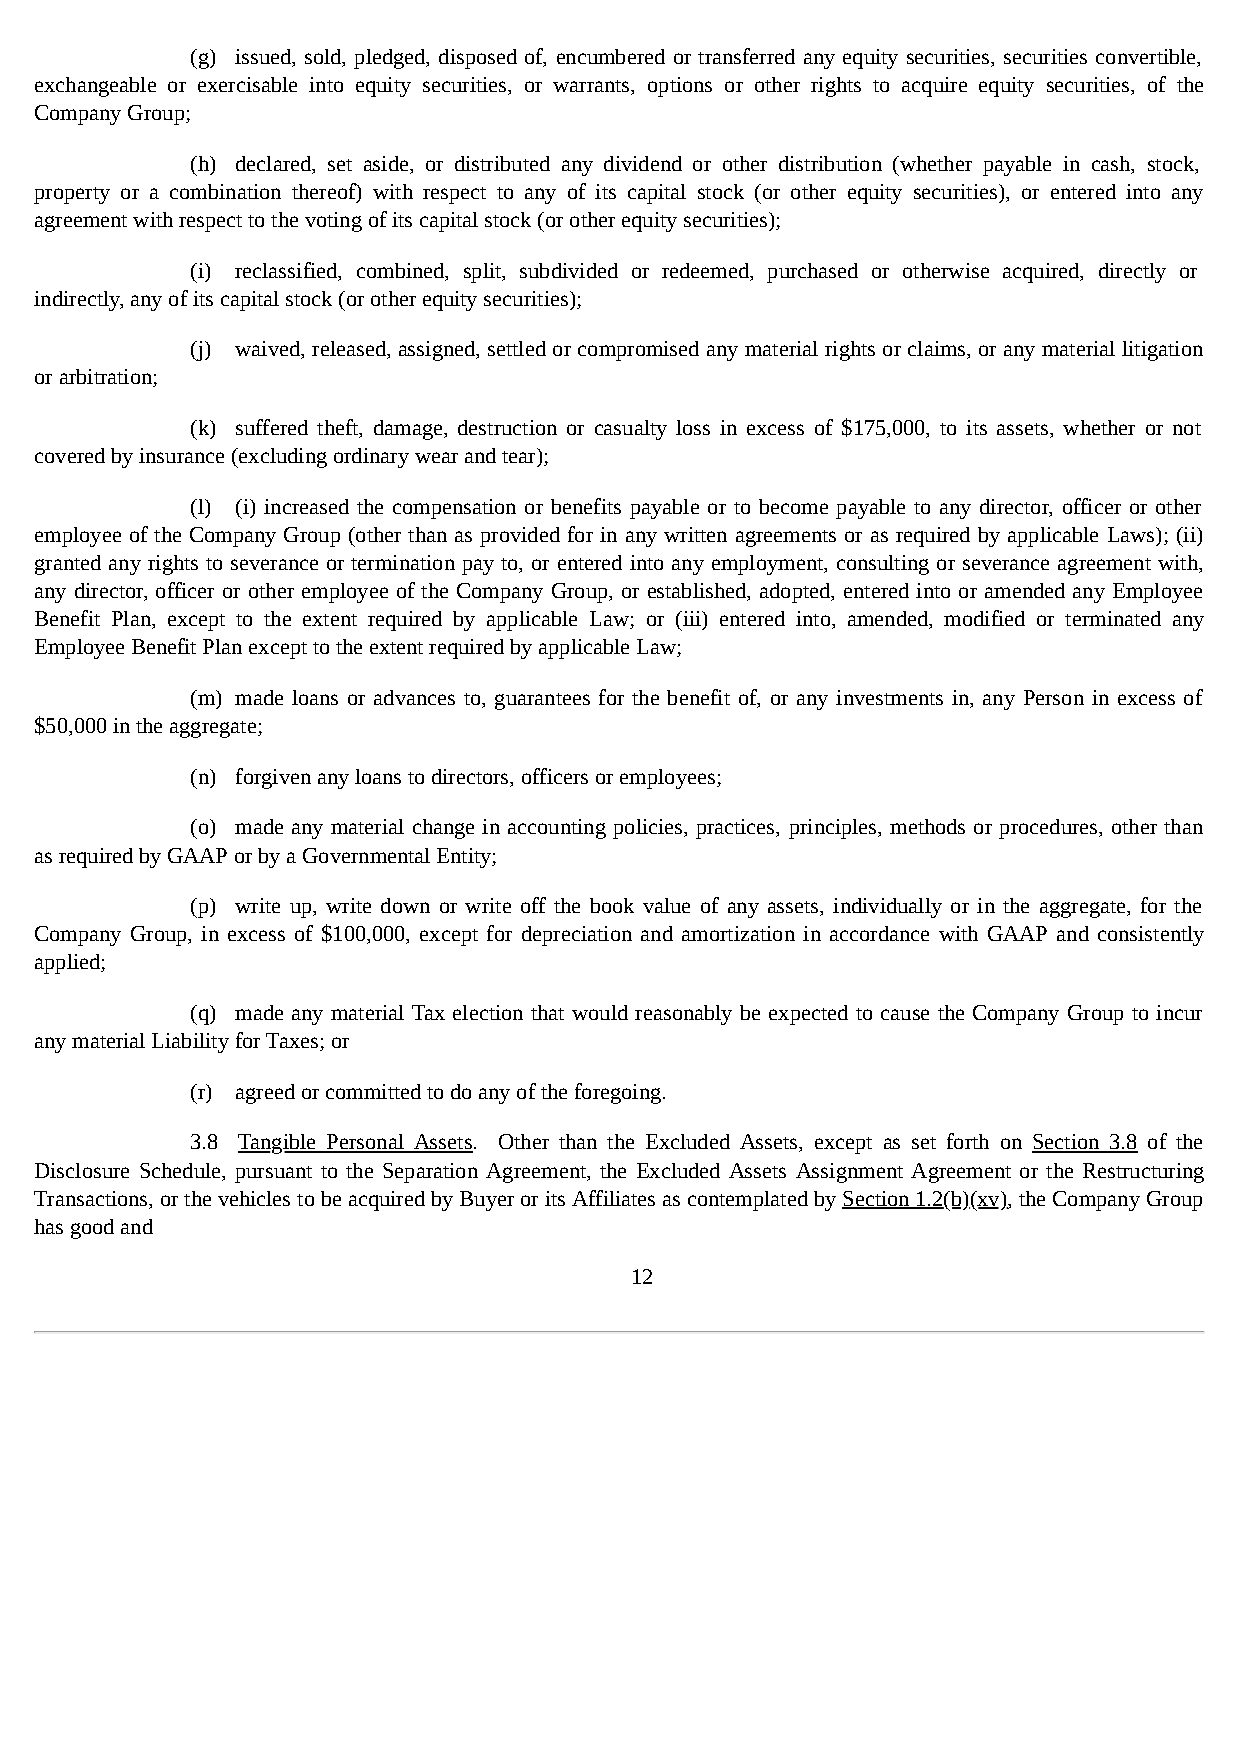
(g) issued, sold, pledged, disposed of, encumbered or transferred any equity securities, securities convertible,
 exchangeable or exercisable into equity securities, or warrants, options or other rights to acquire equity securities, of the
 Company Group;
 (h) declared, set aside, or distributed any dividend or other distribution (whether payable in cash, stock,
 property or a combination thereof) with respect to any of its capital stock (or other equity securities), or entered into any
 agreement with respect to the voting of its capital stock (or other equity securities);
 (i) reclassified, combined, split, subdivided or redeemed, purchased or otherwise acquired, directly or
 indirectly, any of its capital stock (or other equity securities);
 (j) waived, released, assigned, settled or compromised any material rights or claims, or any material litigation
 or arbitration;
 (k) suffered theft, damage, destruction or casualty loss in excess of $175,000, to its assets, whether or not
 covered by insurance (excluding ordinary wear and tear);
 (l) (i) increased the compensation or benefits payable or to become payable to any director, officer or other
 employee of the Company Group (other than as provided for in any written agreements or as required by applicable Laws); (ii)
 granted any rights to severance or termination pay to, or entered into any employment, consulting or severance agreement with,
 any director, officer or other employee of the Company Group, or established, adopted, entered into or amended any Employee
 Benefit Plan, except to the extent required by applicable Law; or (iii) entered into, amended, modified or terminated any
 Employee Benefit Plan except to the extent required by applicable Law;
 (m) made loans or advances to, guarantees for the benefit of, or any investments in, any Person in excess of
 $50,000 in the aggregate;
 (n) forgiven any loans to directors, officers or employees;
 (o) made any material change in accounting policies, practices, principles, methods or procedures, other than
 as required by GAAP or by a Governmental Entity;
 (p) write up, write down or write off the book value of any assets, individually or in the aggregate, for the
 Company Group, in excess of $100,000, except for depreciation and amortization in accordance with GAAP and consistently
 applied;
 (q) made any material Tax election that would reasonably be expected to cause the Company Group to incur
 any material Liability for Taxes; or
 (r) agreed or committed to do any of the foregoing.
 3.8 Tangible Personal Assets. Other than the Excluded Assets, except as set forth on Section 3.8 of the
 Disclosure Schedule, pursuant to the Separation Agreement, the Excluded Assets Assignment Agreement or the Restructuring
 Transactions, or the vehicles to be acquired by Buyer or its Affiliates as contemplated by Section 1.2(b)(xv), the Company Group
 has good and
 12